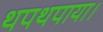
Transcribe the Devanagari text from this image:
थपथपाया।